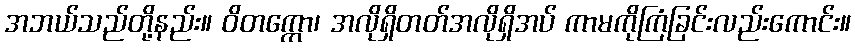
အဘယ်သည်တို့နည်း။ ဝိတက္ကော၊ အလိုရှိတတ်အလိုရှိအပ် ကာမကိုကြံခြင်းလည်းကောင်း။